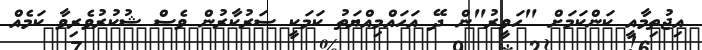
އިޖުތިމާއީ ކަންކަމަށް "ހަވީރު"ން ދޭ އަހައްމިއްޔަތު ކަމަކީ ސަރުކާރުން ވެސް ޝުކުރުވެރިވާ ކަމެއް